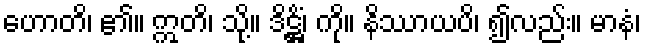
ဟောတိ၊ ၏။ ဣတိ၊ သို့။ ဒိဋ္ဌိံ၊ ကို။ နိဿာယပိ၊ ၍လည်း။ မာနံ၊